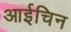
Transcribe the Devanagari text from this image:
आईचिन